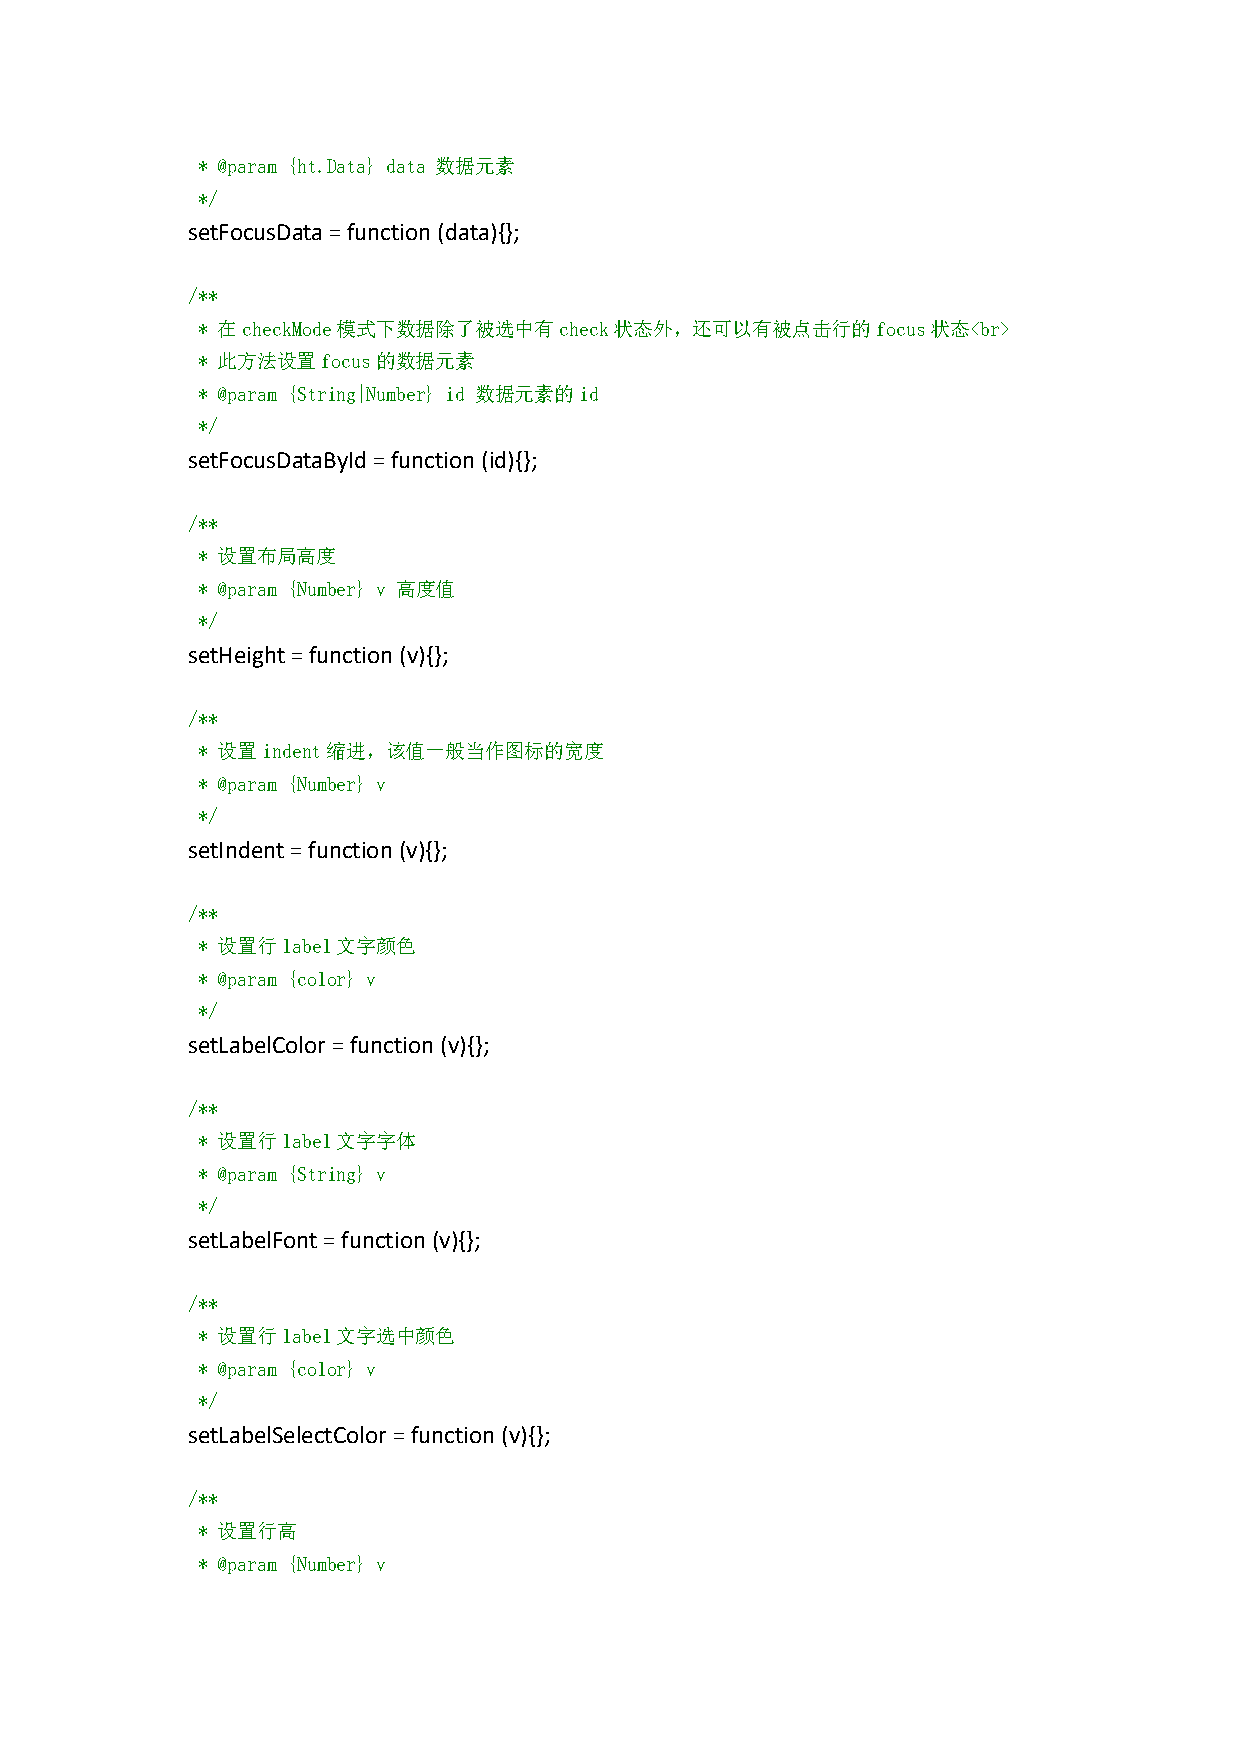
* @param {ht.Data} data 数据元素
 */
 setFocusData=function(data){};
 /**
 * 在checkMode模式下数据除了被选中有check状态外，还可以有被点击行的focus状态<br>
 * 此方法设置focus的数据元素
 * @param {String|Number} id 数据元素的id
 */
 setFocusDataById=function(id){};
 /**
 * 设置布局高度
 * @param {Number} v 高度值
 */
 setHeight=function(v){};
 /**
 * 设置indent缩进，该值一般当作图标的宽度
 * @param {Number} v
 */
 setIndent=function(v){};
 /**
 * 设置行label文字颜色
 * @param {color} v
 */
 setLabelColor=function(v){};
 /**
 * 设置行label文字字体
 * @param {String} v
 */
 setLabelFont=function(v){};
 /**
 * 设置行label文字选中颜色
 * @param {color} v
 */
 setLabelSelectColor=function(v){};
 /**
 * 设置行高
 * @param {Number} v